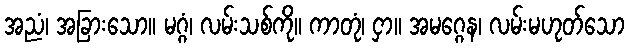
အညံ၊ အခြားသော။ မဂ္ဂံ၊ လမ်းသစ်ကို။ ကာတုံ၊ ငှာ။ အမဂ္ဂေန၊ လမ်းမဟုတ်သော